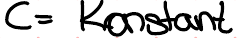
C = Konstant